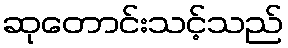
ဆုတောင်းသင့်သည်